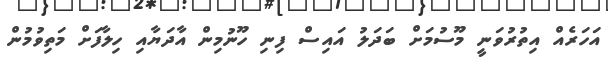
އަހަރެއް އިތުރުވަނީ މޫސުމަށް ބަދަލު އައިސް ފިނި ހޫނުމިން އާދަޔާއި ހިލާފަށް މަތިވުމުން